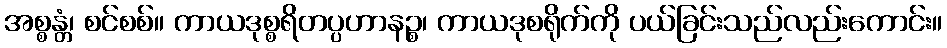
အစ္စန္တံ၊ စင်စစ်။ ကာယဒုစ္စရိတပ္ပဟာနဉ္စ၊ ကာယဒုစရိုက်ကို ပယ်ခြင်းသည်လည်းကောင်း။